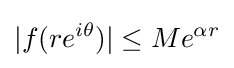
|f(re^{i\theta })|\leq Me^{\alpha r}